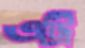
এট্রি